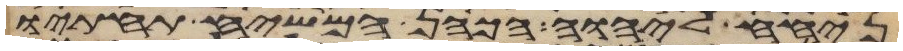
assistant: ניחח ליהוה הכהן המשיח תחתיו